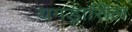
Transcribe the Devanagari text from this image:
यगड्रासिल